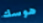
هوسك